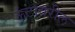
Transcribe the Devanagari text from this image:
ऊंटावरील